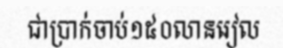
ជាប្រាក់ចាប់១៥០លានរៀល